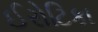
ઈરોટિકા